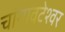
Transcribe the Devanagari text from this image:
चांगावटेश्वर